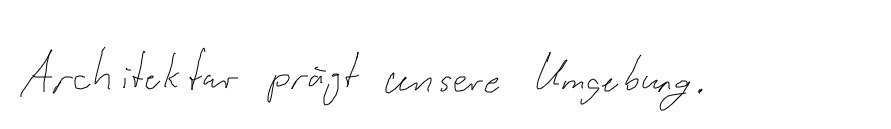
Architektur prägt unsere Umgebung.